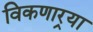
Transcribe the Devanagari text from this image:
विकणार्‍या